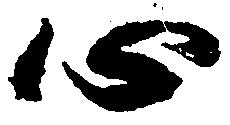
心